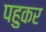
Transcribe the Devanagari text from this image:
पहुकर